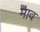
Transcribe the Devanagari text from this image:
माव